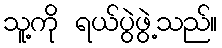
သူ့ကို ရယ်ပွဲဖွဲ့သည်။